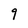
Character: 9